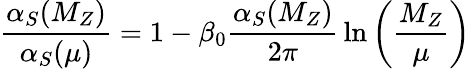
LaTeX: {\frac{\alpha_{S}(M_{Z})}{\alpha_{S}(\mu)}}=1-\beta_{0}{\frac{\alpha_{S}(M_{Z})}{2\pi}}\ln\left({\frac{M_{Z}}{\mu}}\right)